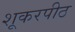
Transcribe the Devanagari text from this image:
शूकरपीठ